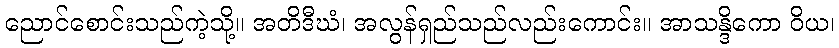
ညောင်စောင်းသည်ကဲ့သို့။ အတိဒီဃံ၊ အလွန်ရှည်သည်လည်းကောင်း။ အာသန္ဒိကော ဝိယ၊